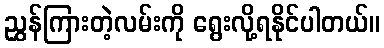
ညွှန်ကြားတဲ့လမ်းကို ရွေးလို့ရနိုင်ပါတယ်။